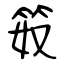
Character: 笯